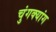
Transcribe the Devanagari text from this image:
चुंगक्यांग